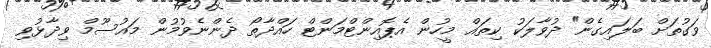
ވަގުތަށް ބަލައިގެން" ދުވާލަކު ކިތައް މީހުން އެޕޮއިންޓްމަންޓް ހައްދާތޯ ދެންނެވުމުން މައުސޫމް ވިދާޅުވި